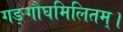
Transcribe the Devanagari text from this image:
गङ्गौघमिलितम्।